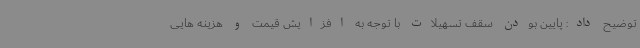
توضیح داد: پایین بودن سقف تسهیلات با توجه به افزایش قیمت و هزینه هایی